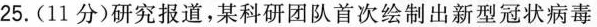
25.(11分)研究报道，某科研团队首次绘制出新型冠状病毒